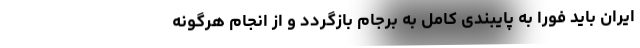
ایران باید فورا به پایبندی کامل به برجام بازگردد و از انجام هرگونه